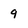
Character: 9